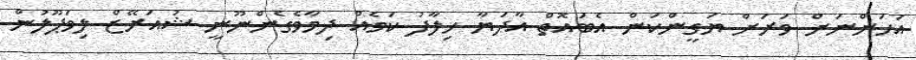
އަހަންނަށް ވަރަށް ޔަގީންކަން އެބައޮތް އާދަޔާ ހިލާފު ކަމެއް ދިމާވެގެންނޫނީ ޝުއަރޭޒް ލިވަޕޫލުން